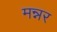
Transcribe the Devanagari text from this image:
मन्नर